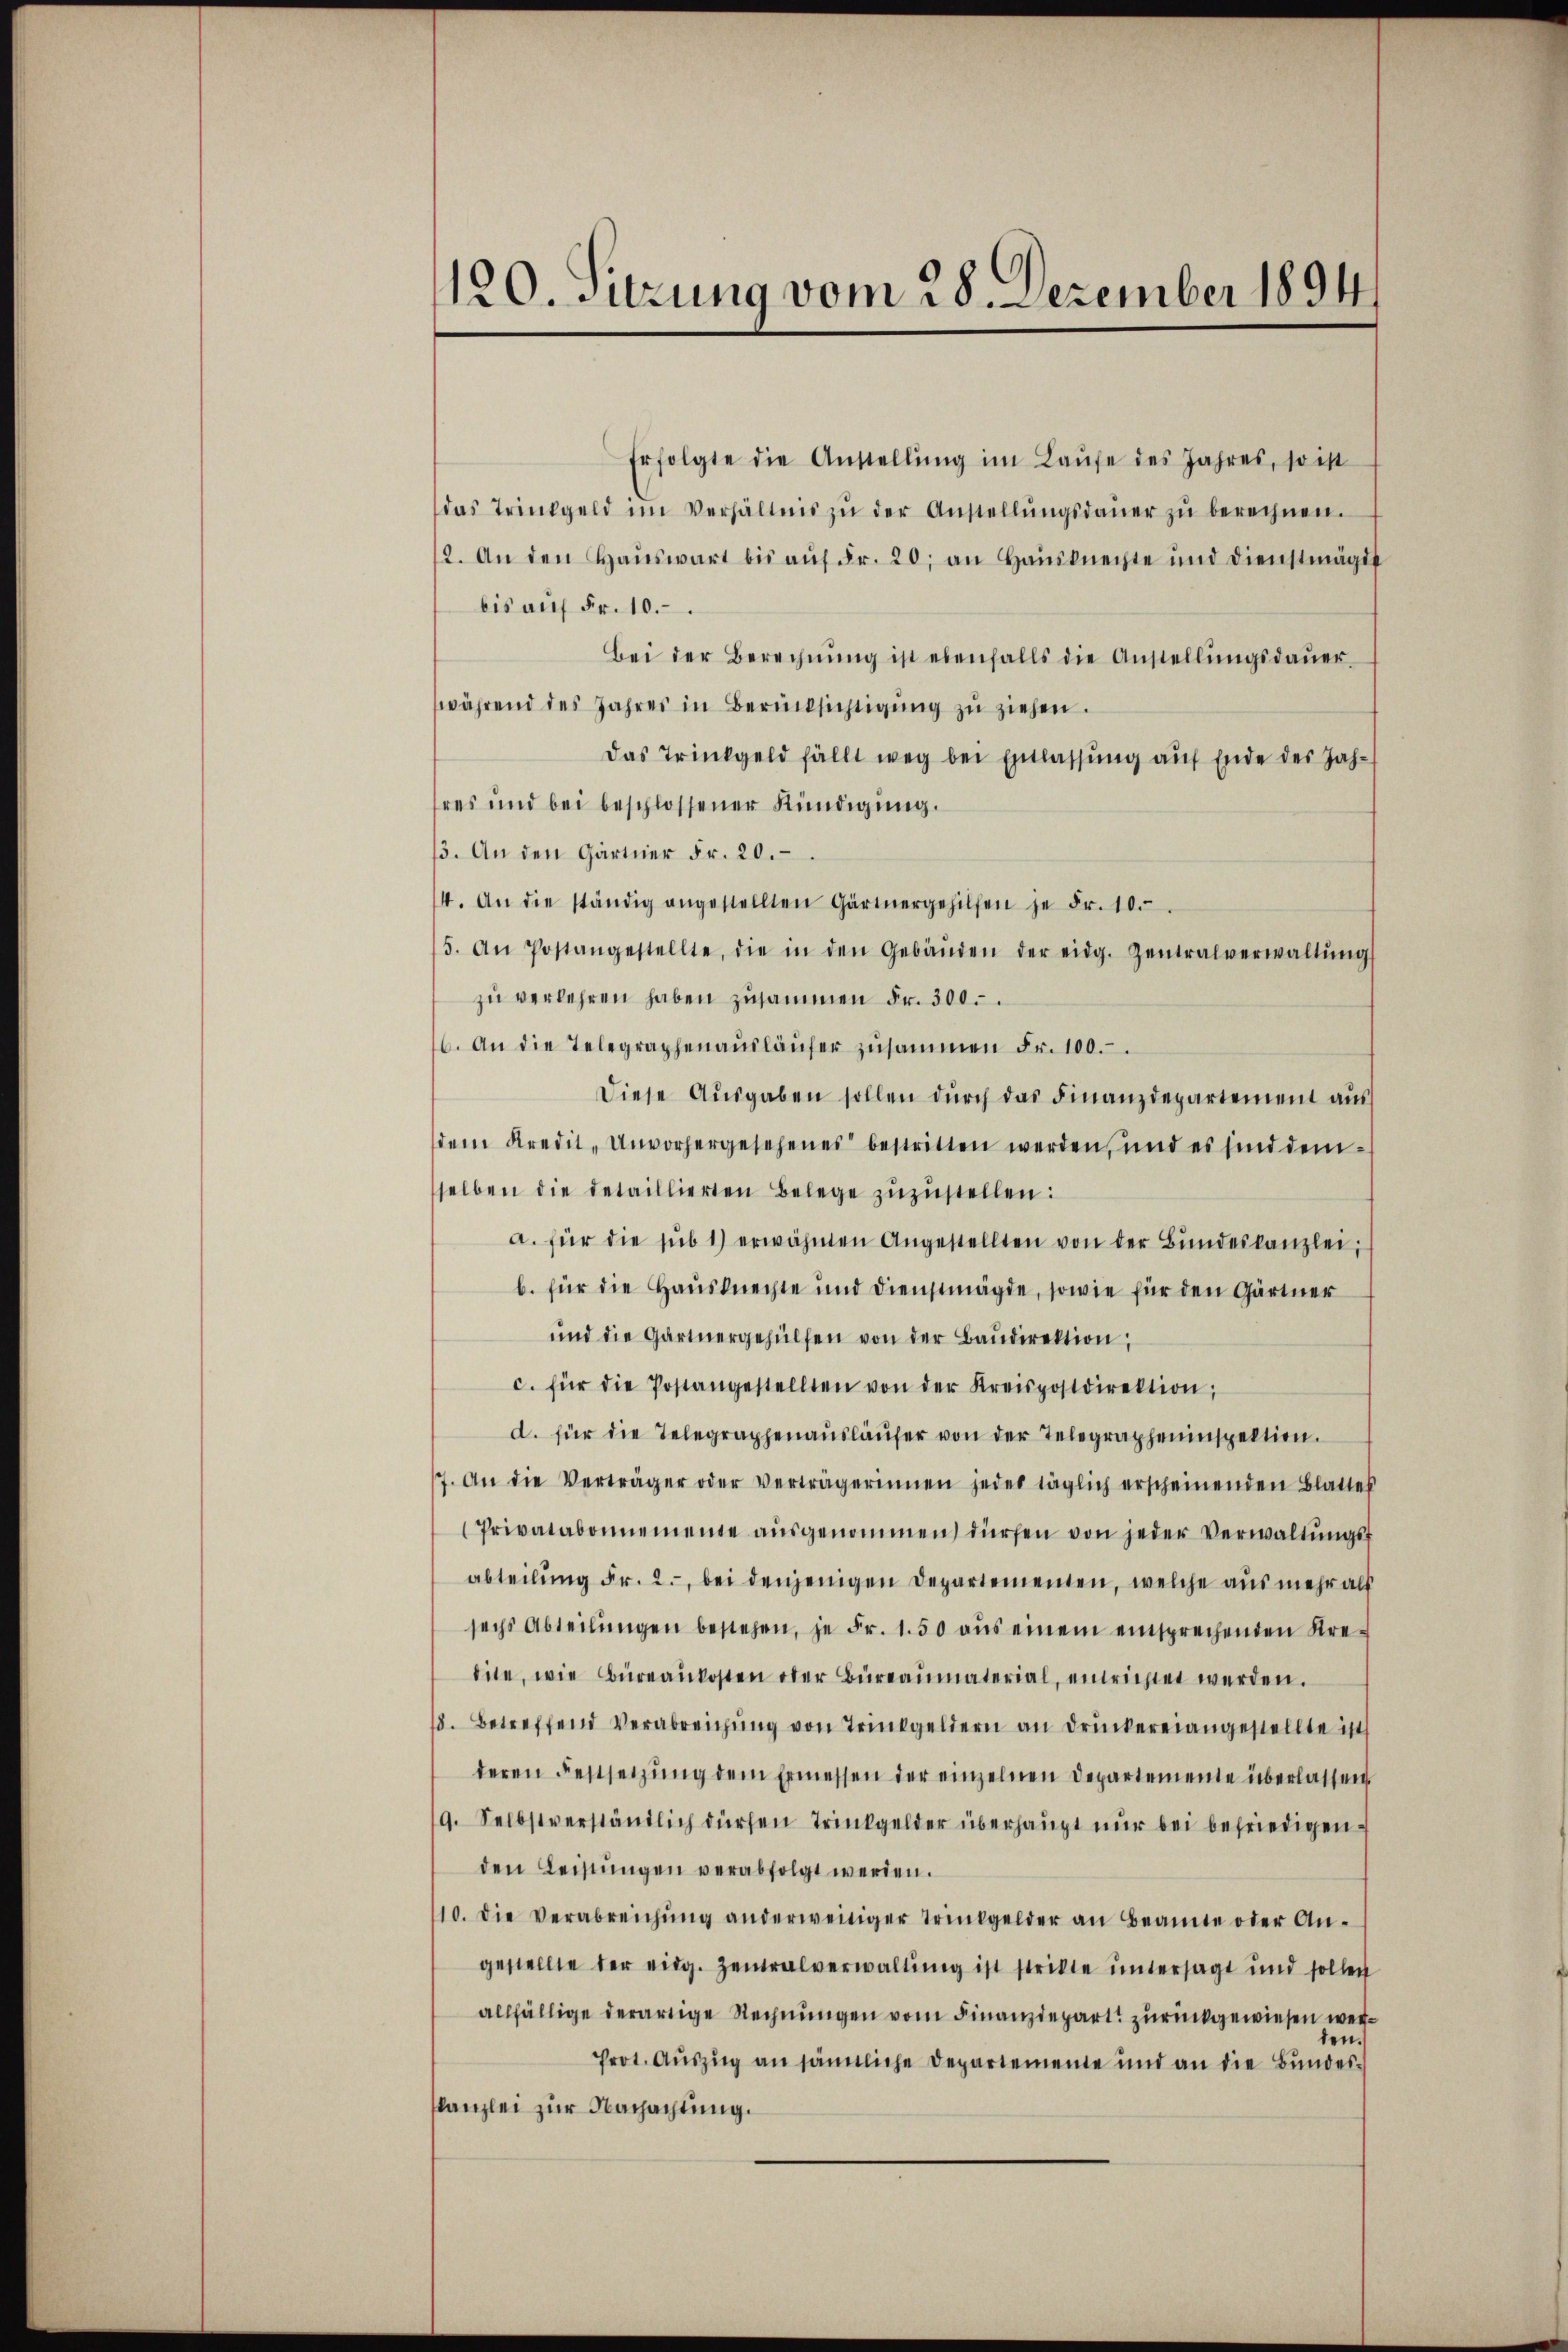
120. Sitzung vom 28. Dezember 1894/

Erfolgte die Anstellŭng im Laŭfe des Jahres, so ist
das Trinkgeld im Verhältnis zŭ der Anstellŭngsdaŭer zŭ berechnen.
2. An den Haŭswart bis aŭf Fr. 20. an Hausknechte und Dienstmagis
bis aŭf Fr. 10.
Bei der Berechnŭng ist ebenfalls die Anstellŭngsdaŭer
während des Jahres in Berücksichtigŭng zu ziehen.
Das Trinkgeld fällt weg bei Entlassung auf Ende des Jahres und bei beschlossener Kündigung.
13. An den Gärtner Fr. 20.
14. An die ständig angestellten Gärtnergehilfen je Fr. 10.
5. An Postangestellte, die in den Gebäŭden der eidg. Zentralverwaltŭng
zŭ verlehren haben zusammen Fr. 300.
6. An die Telegraphenaŭsläŭfer zŭsammen Fr. 100.
Diese Aŭsgaben sollen dŭrch das Finanzdepartement aŭs
dem Kredit- Unvorhergesehenes bestritten werden, und es sind demselben die detaillierten Belege zŭzŭstellen:
a. für die sub 1) erwähnten Angestellten von der Bŭndeskanzlei,
b. für die Hausknechte und Dienstmägde, sowie für den Gärtner
und die Gartnergehülfen von der Baŭdirektion,
c. für die Postangestellten von der Kreispostdirektion;
d. für die Telegraphenausläufer von der Telegrapheninspektion.
7. An die Verträger oder verträgerinnen jeder täglich erscheinenden Blattes
Privatabonnemente aŭsgenommen dürfen von jeder Verwaltŭngs-
abteilung Fr. 2., bei denjenigen Departementen, welche aus mehr als
sechs Abteilŭngen bestehen, je Fr. 1.50 aŭs einem einsprechenden Kre-
dite, wie Büreaukosten oder Büreaŭmaterial, entrichtet werden.
18. Betreffend Verabreichŭng von Trinkgeldern an Druckereiangestellte ist
deren Festsetzŭng dem Ermessen der einzelnen Departemente überlassen
9. Selbstverständlich dürfen Trinkgelder überhaupt nŭr bei befriedigen.
den Leistŭngen verabfolgt werden.
110. die Verabreichŭng anderweitiger Trinkgelder an Beamte oder An-
gestellte der eidg. Zentralverwaltung ist strikte untersagt und sollen
allfällige derartige Rechnungen vom Finanzdepart zurückgewiesen weren
Prot. Auszug an sämtliche Departemente und an die Bundes¬
Kanzlei zur Nachachtung.